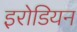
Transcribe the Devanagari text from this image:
इरोडियन